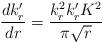
LaTeX: \begin{align*}\frac{dk_r'}{dr}=\frac{k_r^2k_r'K^2}{\pi\sqrt{r}}\end{align*}